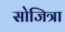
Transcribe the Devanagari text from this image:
सोजित्रा